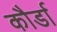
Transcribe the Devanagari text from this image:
कौर्डा